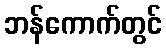
ဘန်ကောက်တွင်